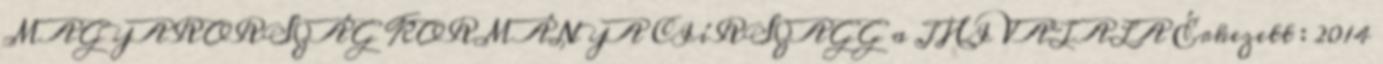
MAGYARORSZÁG KORMÁNYA CIíRSZAGG a J HIVATALA Érkezett : 2014